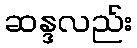
ဆန္ဒလည်း